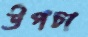
উপচা